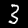
Digit: 3